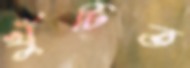
খুঁটিত